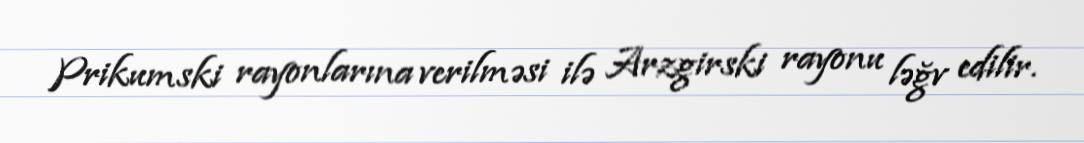
Prikumski rayonlarına verilməsi ilə Arzgirski rayonu ləğv edilir.